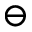
\ominus